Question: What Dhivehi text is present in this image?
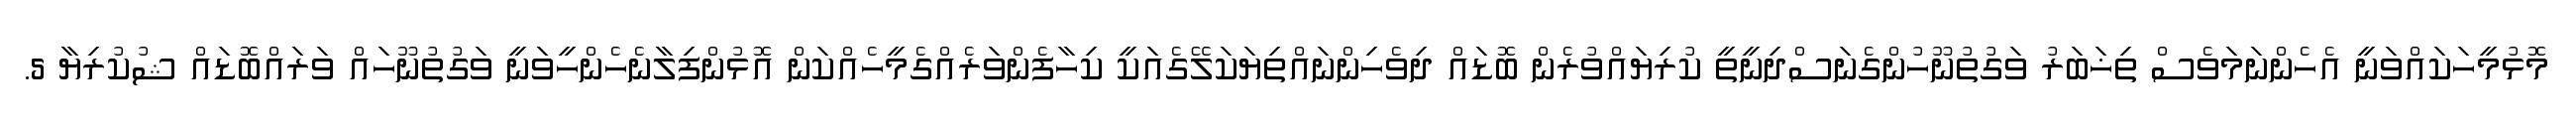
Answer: މޮޅުމީހަކައްވަނީ އެހެންނަމަވެސް ތިޚަބަރު ވަގުތުނޫހުންގެނަސްދިނީތީ ކުރިޔައްވުރެން ބޮޑައް ދިވެހިންނައްތިޔަކަލޭގެއަކީ ކިހާފެންވަރެއްގެމީހެއްކަން އޮޅުންފިލާނެހެންހީވަނީ ވަގުތުނޫހައް ވަރައްބޮޑައް ޝުކުރިޔާ 5.